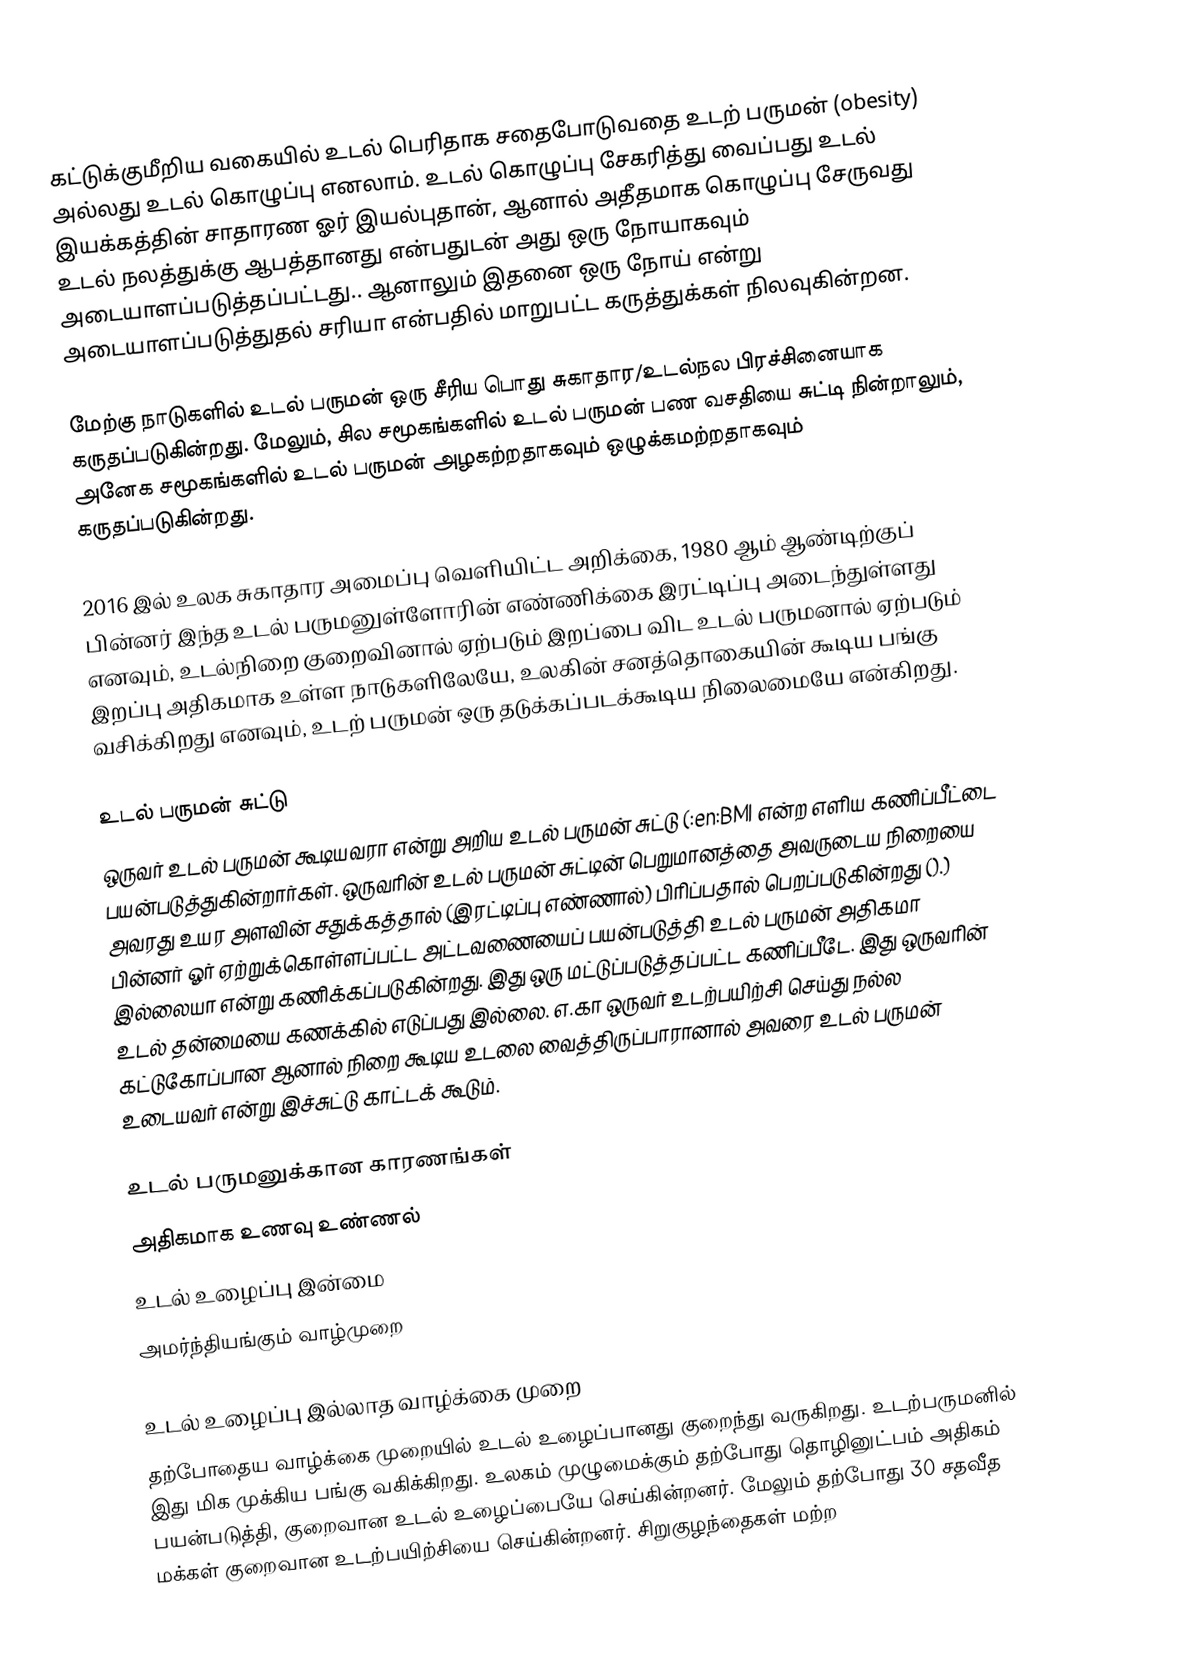
கட்டுக்குமீறிய வகையில் உடல் பெரிதாக சதைபோடுவதை உடற் பருமன் (obesity) அல்லது உடல் கொழுப்பு எனலாம். உடல் கொழுப்பு சேகரித்து வைப்பது உடல் இயக்கத்தின் சாதாரண ஓர் இயல்புதான், ஆனால் அதீதமாக கொழுப்பு சேருவது உடல் நலத்துக்கு ஆபத்தானது என்பதுடன் அது ஒரு நோயாகவும் அடையாளப்படுத்தப்பட்டது.. ஆனாலும் இதனை ஒரு நோய் என்று அடையாளப்படுத்துதல் சரியா என்பதில் மாறுபட்ட கருத்துக்கள் நிலவுகின்றன.

மேற்கு நாடுகளில் உடல் பருமன் ஒரு சீரிய பொது சுகாதார/உடல்நல பிரச்சினையாக கருதப்படுகின்றது. மேலும், சில சமூகங்களில் உடல் பருமன் பண வசதியை சுட்டி நின்றாலும், அனேக சமூகங்களில் உடல் பருமன் அழகற்றதாகவும் ஒழுக்கமற்றதாகவும் கருதப்படுகின்றது.

2016 இல் உலக சுகாதார அமைப்பு வெளியிட்ட அறிக்கை, 1980 ஆம் ஆண்டிற்குப் பின்னர் இந்த உடல் பருமனுள்ளோரின் எண்ணிக்கை இரட்டிப்பு அடைந்துள்ளது எனவும், உடல்நிறை குறைவினால் ஏற்படும் இறப்பை விட உடல் பருமனால் ஏற்படும் இறப்பு அதிகமாக உள்ள நாடுகளிலேயே, உலகின் சனத்தொகையின் கூடிய பங்கு வசிக்கிறது எனவும், உடற் பருமன் ஒரு தடுக்கப்படக்கூடிய நிலைமையே என்கிறது.

உடல் பருமன் சுட்டு
ஒருவர் உடல் பருமன் கூடியவரா என்று அறிய உடல் பருமன் சுட்டு (:en:BMI என்ற எளிய கணிப்பீட்டை பயன்படுத்துகின்றார்கள். ஒருவரின் உடல் பருமன் சுட்டின் பெறுமானத்தை அவருடைய நிறையை அவரது உயர அளவின் சதுக்கத்தால் (இரட்டிப்பு எண்ணால்) பிரிப்பதால் பெறப்படுகின்றது ().) பின்னர் ஓர் ஏற்றுக்கொள்ளப்பட்ட அட்டவணையைப் பயன்படுத்தி உடல் பருமன் அதிகமா இல்லையா என்று கணிக்கப்படுகின்றது. இது ஒரு மட்டுப்படுத்தப்பட்ட கணிப்பீடே. இது ஒருவரின் உடல் தன்மையை கணக்கில் எடுப்பது இல்லை. எ.கா ஒருவர் உடற்பயிற்சி செய்து நல்ல கட்டுகோப்பான ஆனால் நிறை கூடிய உடலை வைத்திருப்பாரானால் அவரை உடல் பருமன் உடையவர் என்று இச்சுட்டு காட்டக் கூடும்.

உடல் பருமனுக்கான காரணங்கள்
 அதிகமாக உணவு உண்ணல்
 உடல் உழைப்பு இன்மை
 அமர்ந்தியங்கும் வாழ்முறை

உடல் உழைப்பு இல்லாத வாழ்க்கை முறை
தற்போதைய வாழ்க்கை முறையில் உடல் உழைப்பானது குறைந்து வருகிறது. உடற்பருமனில் இது மிக முக்கிய பங்கு வகிக்கிறது. உலகம் முழுமைக்கும் தற்போது  தொழினுட்பம் அதிகம் பயன்படுத்தி, குறைவான உடல் உழைப்பையே செய்கின்றனர். மேலும் தற்போது 30 சதவீத மக்கள் குறைவான உடற்பயிற்சியை செய்கின்றனர். சிறுகுழந்தைகள் மற்ற